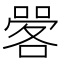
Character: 𱔆